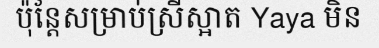
ប៉ុន្តែសម្រាប់ស្រីស្អាត Yaya មិន